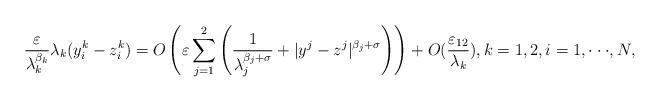
LaTeX: \begin{align*}\frac{\varepsilon}{\lambda_k^{\beta_k}}\lambda_k(y^k_i - z^k_i) = O\left(\varepsilon\displaystyle\sum_{j = 1}^2\left(\frac{1}{\lambda_j^{\beta_j + \sigma}} + |y^j - z^j|^{\beta_j + \sigma}\right)\right) + O(\frac{\varepsilon_{12}}{\lambda_k}), k = 1,2,i = 1,\cdot\cdot\cdot, N,\end{align*}